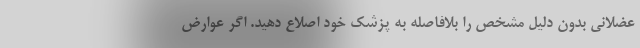
عضلانی بدون دلیل مشخص را بلافاصله به پزشک خود اصلاع دهید. اگر عوارض